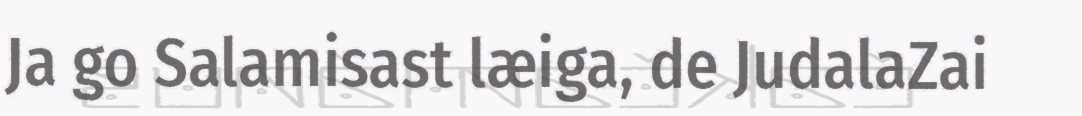
Ja go Salamisast læiga, de JudalaZai